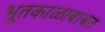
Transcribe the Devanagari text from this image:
भूतकाळाबाबत